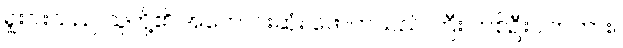
ရှူးဂါးသည် သူတို့၏ အကောင်းဆုံး ဖောက်သည် ကြီး တစ်ဦးပါတကား။